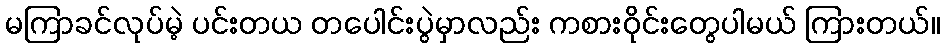
မကြာခင်လုပ်မဲ့ ပင်းတယ တပေါင်းပွဲမှာလည်း ကစားဝိုင်းတွေပါမယ် ကြားတယ်။